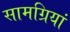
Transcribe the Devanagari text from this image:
सामग्रियां